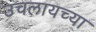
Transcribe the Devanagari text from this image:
उचलायच्या